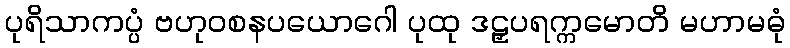
ပုရိသာကပ္ပံ ဗဟုဝစနပယောဂေါ ပုထု ဒဠှပရက္ကမောတိ မဟာမဓုံ